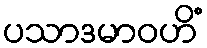
ပသာဒမာဝဟိံ